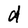
Character: d